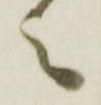
之